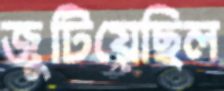
জুটিয়েছিল